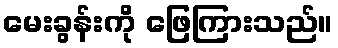
မေးခွန်းကို ဖြေကြားသည်။